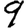
Digit: 9